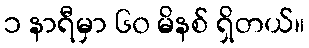
၁ နာရီမှာ ၆၀ မိနစ် ရှိတယ်။